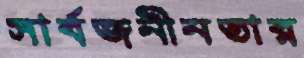
সার্বজনীনতার